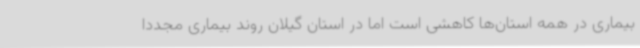
بیماری در همه استان‌ها کاهشی است اما در استان گیلان روند بیماری مجددا